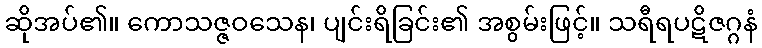
ဆိုအပ်၏။ ကောသဇ္ဇဝသေန၊ ပျင်းရိခြင်း၏ အစွမ်းဖြင့်။ သရီရပဋိဇဂ္ဂနံ